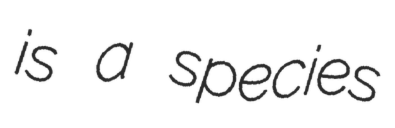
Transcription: is a species